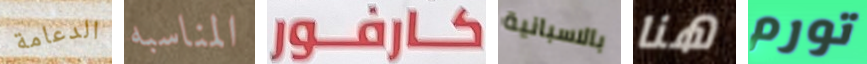
الدعامة المناسبه كارفور بالاسبانية هنا تورم